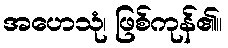
အဟေသုံ၊ ဖြစ်ကုန်၏။